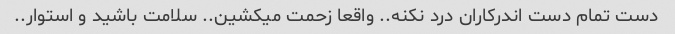
دست تمام دست اندرکاران درد نکنه.. واقعا زحمت میکشین.. سلامت باشید و استوار..